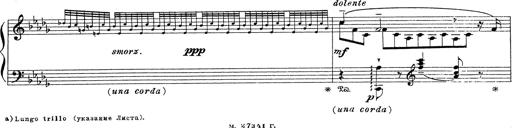
Title: Grosses Konzertsolo
Composer: Franz Liszt